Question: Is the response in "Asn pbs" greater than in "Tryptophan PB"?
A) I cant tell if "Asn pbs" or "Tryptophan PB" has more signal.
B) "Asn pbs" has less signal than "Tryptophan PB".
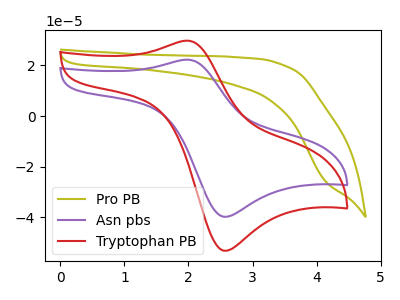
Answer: <think>The olive curve "Pro PB" has no peaks. The purple curve "Asn pbs" has an anodic peak at (1.95V, 22.20uA) and a cathodic peak at (2.55V, -39.70uA). The red curve "Tryptophan PB" has an anodic peak at (1.95V, 29.70uA) and a cathodic peak at (2.55V, -53.10uA).
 All the peaks in "Asn pbs" have a peak in "Tryptophan PB" at the same potential. Every peak in "Asn pbs" is lower than every peak in "Tryptophan PB".</think>
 <answer>B) "Asn pbs" has less signal than "Tryptophan PB".</answer>
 <eval>B</eval>